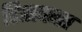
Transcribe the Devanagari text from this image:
डिसकस